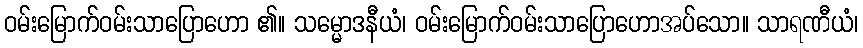
ဝမ်းမြောက်ဝမ်းသာပြောဟော ၏။ သမ္မောဒနီယံ၊ ဝမ်းမြောက်ဝမ်းသာပြောဟောအပ်သော။ သာရဏီယံ၊